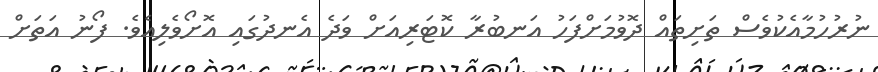
ނުރުހުމާއެކުވެސް ތަށިތައް ދޮވުމަށްފަހު އަނބުރާ ކޮޓަރިއަށް ވަދެ އެނދުގައި އޮށޯވެލިއެވެ. ފޯނު އަތަށް